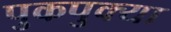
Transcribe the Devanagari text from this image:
पुकपुक्या